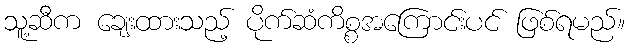
သူ့ဆီက ချေးထားသည့် ပိုက်ဆံကိစ္စအကြောင်းပင် ဖြစ်ရမည်။